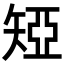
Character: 𥏝